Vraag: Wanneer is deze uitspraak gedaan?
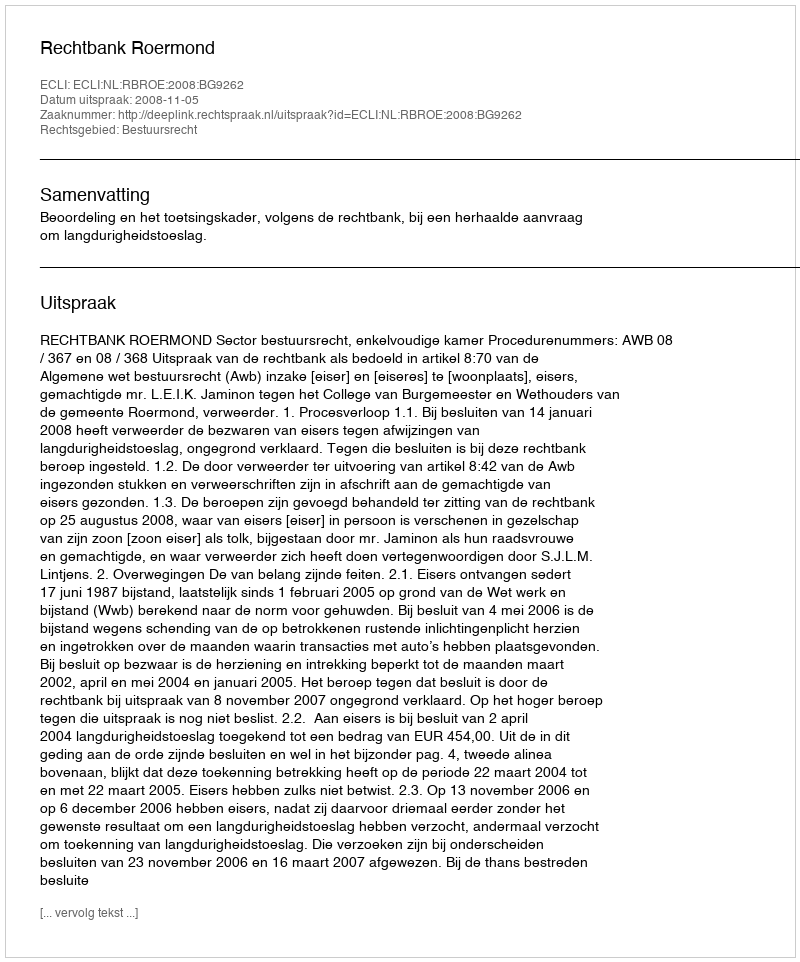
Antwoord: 2008-11-05